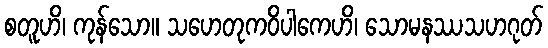
စတူဟိ၊ ကုန်သော။ သဟေတုကဝိပါကေဟိ၊ သောမနဿသဟဂုတ်